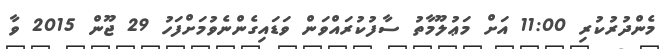
މެންދުރުކުރި 11:00 އަށް މަޢުލޫމާތު ސާފުކުރައްވަން ވަޑައިގެންނެވުމަށްފަހު 29 ޖޫން 2015 ވާ